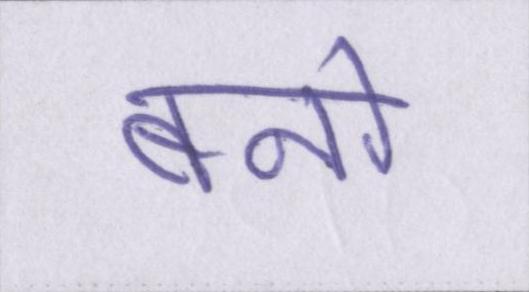
बनो